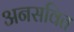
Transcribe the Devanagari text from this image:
अनसवित